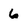
Character: 6